Lock hospitals Punjab
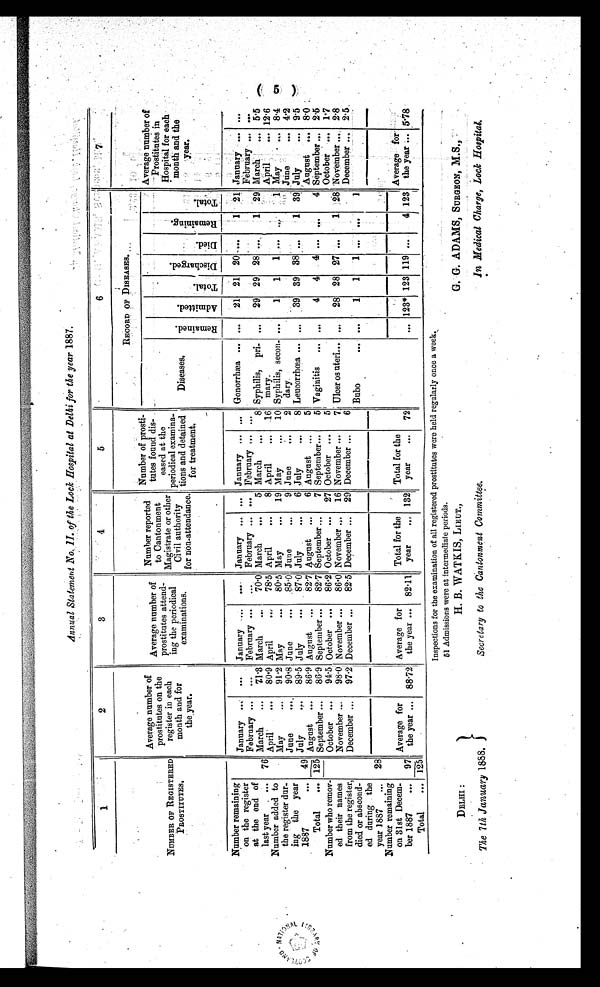
DELHI:
The 7th January 1888.
H. B. WATKIS, LIEUT.,
Secretary to the Cantonment Committee.
G. G. ADAMS, SURGEON, M.S.,
In Medical Charge, Lock Hospital.
Annual Statement No. II. of the Lock Hospital at Delhi for the year 1887.
1
2
3
4
5
6
7
NUMBER OF REGISTERED
PROSTITUTES.
Average number of
prostitutes
on the register in each
month and for
the year.
Average number of
Prostitutes attending the periodical
examinations.
Number reported
to Cantonment Magistrate or other
Civil authority
for non-attendance
.
Number of prosti
tutes found dis
eased at the
periodical examina-
tons and detained
for treatment.
RECORD OF DISEASES.
Average number of
Prostitutes in
Hospital for each
month and the
year.
Diseases.
R e m a i n e d .
A d m i t t e d .
T o t a l .
D i s c h a r g e d .
D i e d .
R e m a i n i n g .
T o t a l .
Number remaining
on the register
at the end of
last year
January
. . .
. . .
January ...
...
January
. . .
. . . January ...
. . . Gonorrhæa
...
21 21 20
. . .
1
21 January
. . . ...
February ...
...
February ...
...
February ... ... February ...
. . .
February
. . . ...
76
March
...
7.13 March
...
70.0 March
...
5 March
...
8 Syphilis, Pri
mary.
. . .
29
29 28
. . .
1
29 March
. . . 5.5
April'
...
80.9 April
...
78 . 5 April
...
8 April
...
16
. .
.
. . .
. . .
. . .
. . .
April
..... 12.6
Number added t o t he r egi st er dur i ng t he year 1887
4 9 May
. . . 91.2 May
...
80 . 5 May
...
19 May
...
10 Syphilis, secon
dary.
...
1
1
1 ...
. . .
1 May
... 8.4
June
. . .
90.8 June
...
85 . 0 June
...
9 June
...
2
June
... 4.2
July
. . .
89.5 July
...
87 . 0 July
...
6 July
...
8 Leucorrhœa
...
39
39
38 ...
1 39 July
. . . 9.5
August
...
86.9 August
...
82.7 August
..,
6 August ...
5
August ... 8.0
Total
1 2 5 September ...
86.9 September ...
82.7 September ...
7 September ...
5 Vaginitis
. . .
4
4
4
. . .
. . .
4 September ... 2.5
Number who remov-
ed their names
from the register,
died or abscond-
ed during the
year 1887
October ...
94.5 October ...
86 .2 October ...
27 October ...
5
October ... 1.7
November ...
98.0
November
...
86.0 November . . .
16 November ...
7 Ulcer os uteri
...
28 28 27
. . .
. . . 28 November
. . . 2.8
December ...
97 .2 December ...
82.5 December ...
29 December ...
6
December
. . . 2.5
Bubo
. . .
1
1
1
. . .
. . .
1
28
_
Average for
the year
88.72
Average for
the year
82.11
Total for the
year
132
Total for the
year
72
Average for .
the year
5.78
N umber remaining
on 31st Decem-
ber 1887
9 7
. . .
123* 123 119 ...
4 123
Total
125
Inspections for the examination of all registered prostitutes were held regularly once a week.
51 Admissions were at intermediate periods.
( 5 )